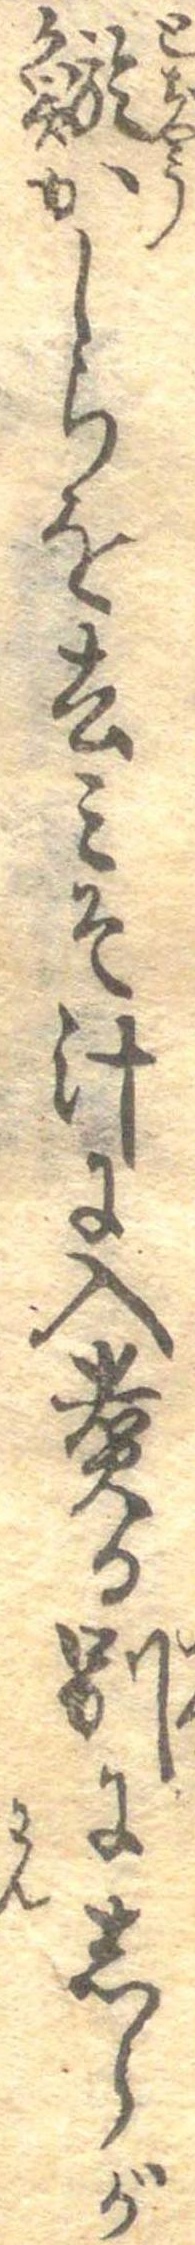
鯲かしらを去みそ汁に入煮る別にしらが